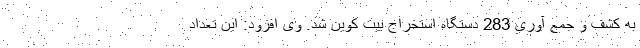
به کشف و جمع آوری 283 دستگاه استخراج بیت کوین شد. وی افزود: این تعداد